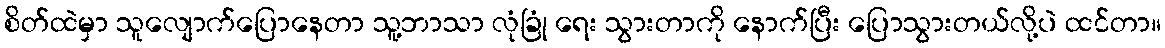
စိတ်ထဲမှာ သူလျောက်ပြောနေတာ သူ့ဘာသာ လုံခြုံ ရေး သွားတာကို နောက်ပြီး ပြောသွားတယ်လို့ပဲ ထင်တာ။